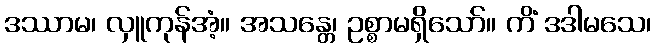
ဒဿာမ၊ လှူကုန်အံ့။ အသန္တေ၊ ဥစ္စာမရှိသော်။ ကိံ ဒဒါမသေ၊